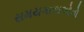
સમયગાળાઓનો